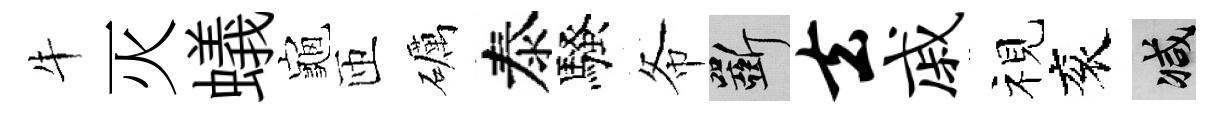
牛灭蟻龜匝礪泰騷𢁙斫去戚视衮减